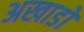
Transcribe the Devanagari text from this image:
अखाडों